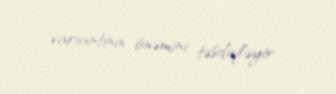
variantına önəmini təsdiqləyir.